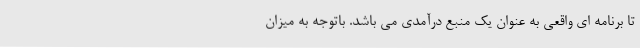
تا برنامه ای واقعی به عنوان یک منبع درآمدی می باشد. باتوجه به میزان